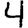
Digit: 4